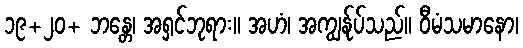
၁၉+၂၀+ ဘန္တေ၊ အရှင်ဘုရား။ အဟံ၊ အကျွန်ုပ်သည်။ ဝီမံသမာနော၊